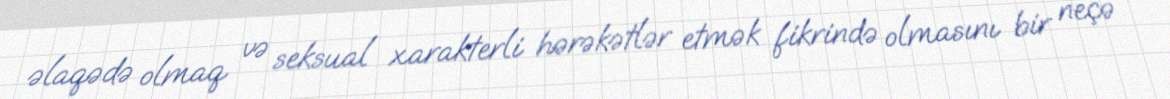
əlaqədə olmaq və seksual xarakterli hərəkətlər etmək fikrində olmasını bir neçə